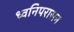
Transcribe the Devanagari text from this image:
ध्वनिपरासन